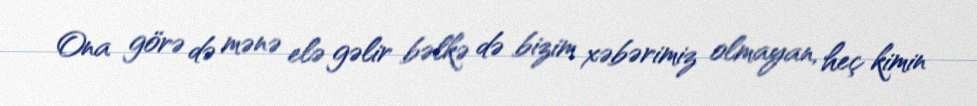
Ona görə də mənə elə gəlir bəlkə də bizim xəbərimiz olmayan, heç kimin